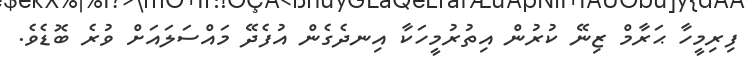
ފިރިމީހާ ޙަރާމް ޒިނޭ ކުރުން އިތުރުމީހަކާ އިނދެގެން އުފެދޭ މައްސަލައަށް ވުރެ ބޮޑެވެ.